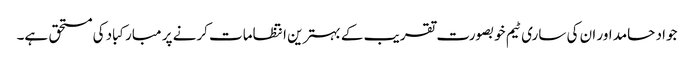
جواد حامد اور ان کی ساری ٹیم خوبصورت تقریب کے بہترین انتظامات کرنے پر مبارکباد کی مستحق ہے۔